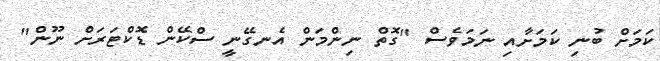
ކަމަށް ބުނި ކަމަށާއި ނަމަވެސް "ގޮތް ނިންމަން އެނގޭނީ ސްކޭން ޑޮކްޓަރަށް ނޫން"